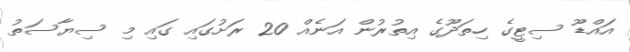
އައްޑޫ ސިޓީގެ ހިތަދޫގެ އިތުރުން އަނެއް 20 ރަށުގައި ގައި މި ސިޔާސަތު